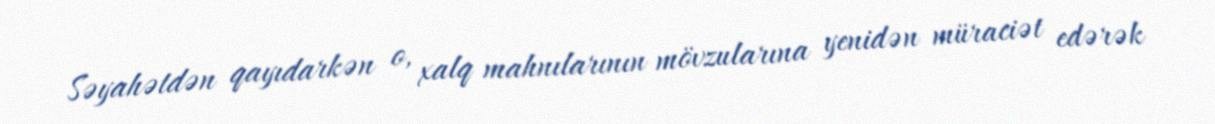
Səyahətdən qayıdarkən o, xalq mahnılarının mövzularına yenidən müraciət edərək